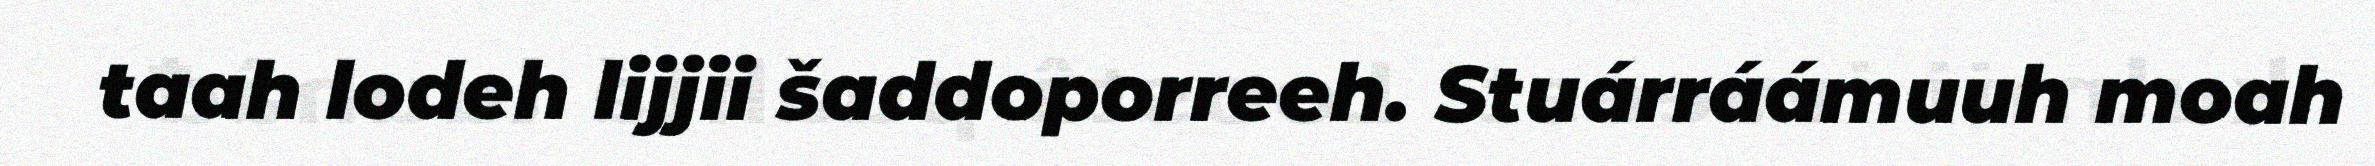
taah lodeh lijjii šaddoporreeh. Stuárráámuuh moah